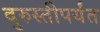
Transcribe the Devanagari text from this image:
दुरुस्तीपर्यंत